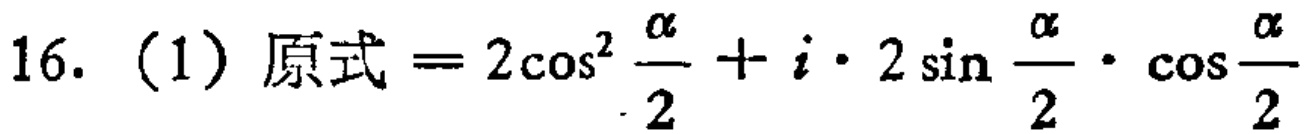
16. (1) 原式$=2\cos^{2}\frac{\alpha}{2}+i\cdot 2\sin\frac{\alpha}{2}\cdot\cos\frac{\alpha}{2}$